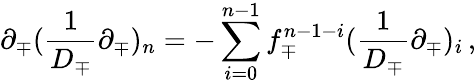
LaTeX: \partial_{\mp}(\frac 1{D_{\mp}}\partial_{\mp})_{n}=-\sum_{i=0}^{n-1}f_{\mp}^{n-1-i}(\frac 1{D_{\mp}}\partial_{\mp})_{i}\, ,